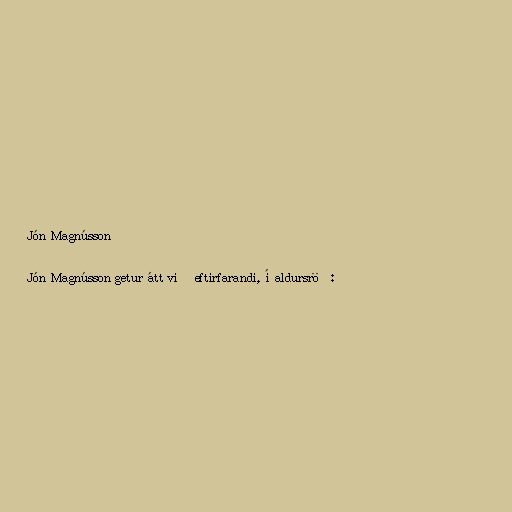
Jón Magnússon

Jón Magnússon getur átt við eftirfarandi, í aldursröð: